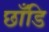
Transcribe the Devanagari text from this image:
छाँडि